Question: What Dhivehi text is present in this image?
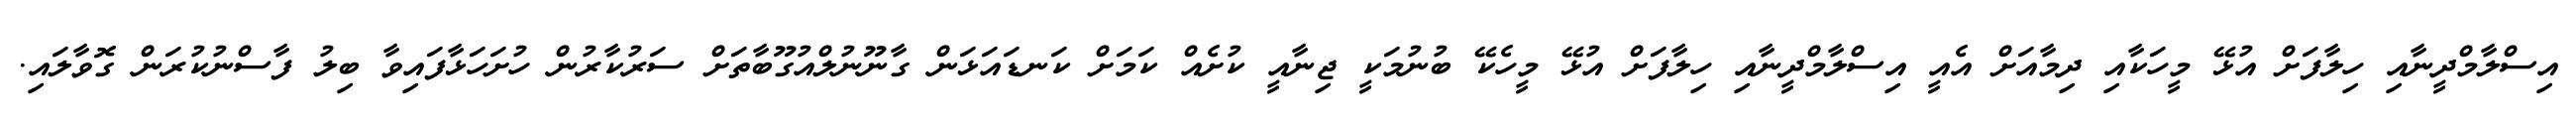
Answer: އިސްލާމްދީނާއި ހިލާފަށް އުޅޭ މީހަކާއި ދިމާއަށް އެއީ އިސްލާމްދީނާއި ހިލާފަށް އުޅޭ މީހެކޭ ބުނުމަކީ ޖިނާއީ ކުށެއް ކަމަށް ކަނޑައަޅަން ގާނޫނުލްއުގޫބާތަށް ސަރުކާރުން ހުށަހަޅާފައިވާ ބިލު ފާސްނުކުރަން ގޮވާލައި.